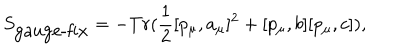
S _ { \mathrm { g a u g e - f i x } } = - T r ( \frac { 1 } { 2 } [ p _ { \mu } , a _ { \mu } ] ^ { 2 } + [ p _ { \mu } , b ] [ p _ { \mu } , c ] ) ,